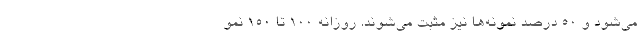
می‌شود و ۵۰ درصد نمونه‌ها نیز مثبت می‌شوند. روزانه ۱۰۰ تا ۱۵۰ نمو